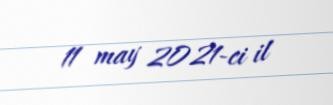
11 may 2021-ci il